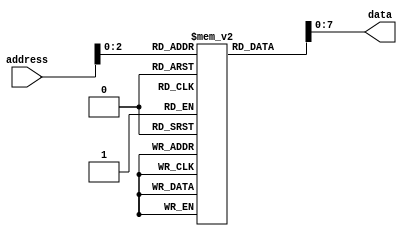
module MaskProgrammedROM(
    input wire [address_width-1:0] address,
    output reg [data_width-1:0] data
);

parameter address_width = 8;
parameter data_width = 8;
parameter num_blocks = 16;
parameter block_size = 8;

reg [num_blocks-1:0] memory [block_size-1:0];

initial begin
    // Initialize memory with fixed pattern of data
    // For example, a 2x2 ROM with data values 0, 1, 2, 3
    memory[0] = 8'b00000000;
    memory[1] = 8'b00000001;
    memory[2] = 8'b00000010;
    memory[3] = 8'b00000011;
    memory[4] = 8'b00000000;
    memory[5] = 8'b00000001;
    memory[6] = 8'b00000010;
    memory[7] = 8'b00000011;
    // Add more data values as needed
end

always @* begin
    // Output data stored at the specified address
    data = memory[address];
end

endmodule